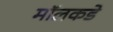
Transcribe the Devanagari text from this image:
मॉलकडे